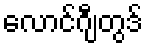
လောင်ဂျီတွဒ်